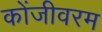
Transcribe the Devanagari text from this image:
कोंजीवरम